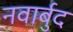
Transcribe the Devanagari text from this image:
नवार्बुद